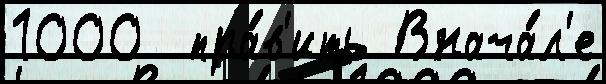
1000  пра́в'ить Внача́л'е